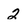
Character: 2